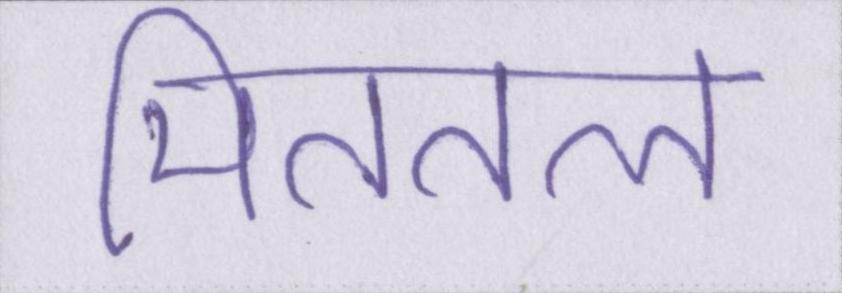
मिततल